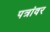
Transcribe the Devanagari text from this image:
पत्रांवर